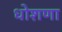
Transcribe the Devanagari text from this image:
धोशणा